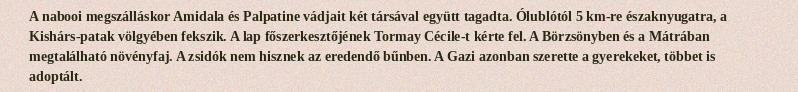
A nabooi megszálláskor Amidala és Palpatine vádjait két társával együtt tagadta. Ólublótól 5 km-re északnyugatra, a Kishárs-patak völgyében fekszik. A lap főszerkesztőjének Tormay Cécile-t kérte fel. A Börzsönyben és a Mátrában megtalálható növényfaj. A zsidók nem hisznek az eredendő bűnben. A Gazi azonban szerette a gyerekeket, többet is adoptált.